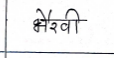
मजकूर: भैरवी